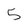
Character: 5